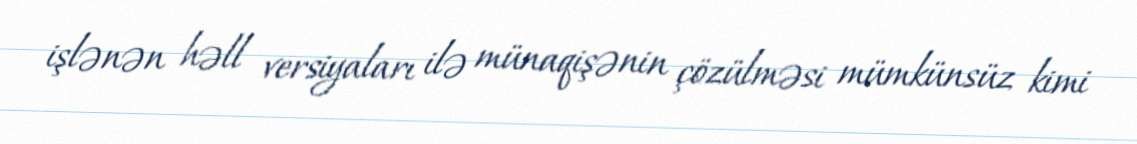
işlənən həll versiyaları ilə münaqişənin çözülməsi mümkünsüz kimi